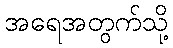
အရေအတွက်သို့